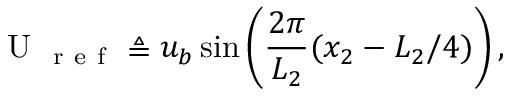
\mathrm { ~ U ~ } _ { \mathrm { ~ r ~ e ~ f ~ } } \triangleq u _ { b } \sin \left( \frac { 2 \pi } { L _ { 2 } } ( x _ { 2 } - L _ { 2 } / 4 ) \right) ,